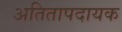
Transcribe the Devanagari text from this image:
अतितापदायक